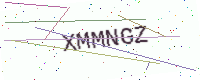
Text: XMMNGZ